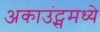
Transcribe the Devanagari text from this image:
अकाउंट्समध्ये